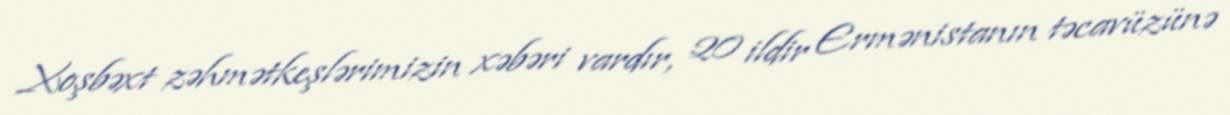
Xoşbəxt zəhmətkeşlərimizin xəbəri vardır, 20 ildir Ermənistanın təcavüzünə